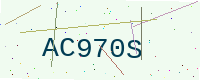
Text: AC970S